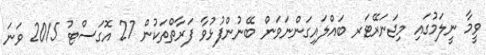
ވީމާ ނީލަމުގައި މިޖަނަރޭޓަރ ބައްލައިގަންނަވަން ބޭނުންފުޅުވާ ފަރާތްތަކުން 27 އޮގަސްޓު 2015 ވަނަ